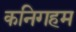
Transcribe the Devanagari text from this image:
कनिगहम